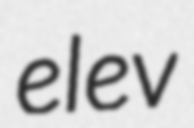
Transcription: elev